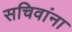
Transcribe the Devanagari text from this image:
सचिवांना